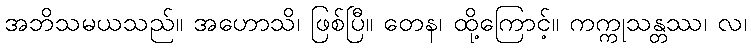
အဘိသမယသည်။ အဟောသိ၊ ဖြစ်ပြီ။ တေန၊ ထို့ကြောင့်။ ကက္ကုသန္တဿ၊ လ၊